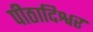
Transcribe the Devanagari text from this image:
पीठादिश्वर